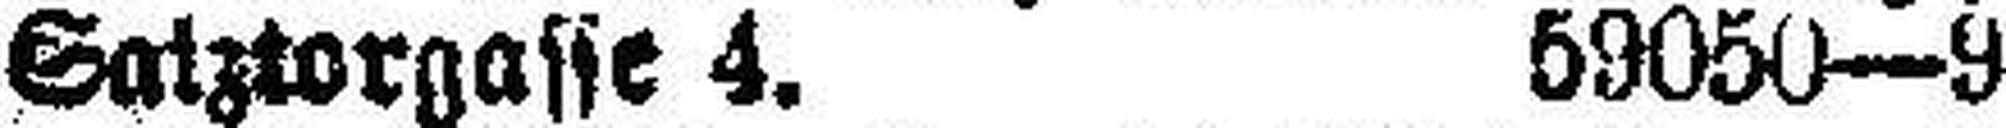
Saiztorgasse 4. 59050—9